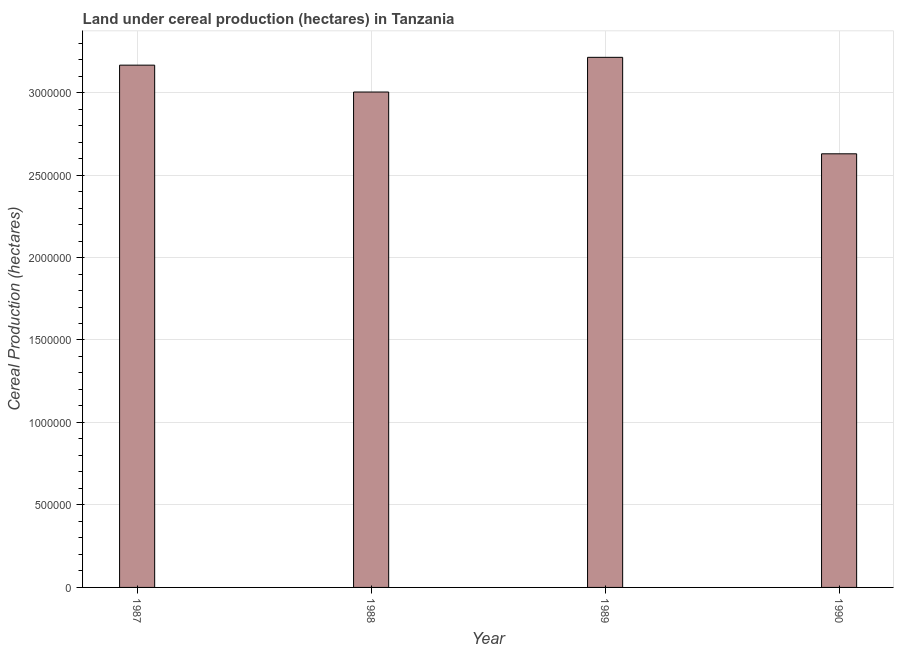
| Year | Land under cereal production (hectares) |
 | --- | --- |
 | 1987 | 3.17e+06 |
 | 1988 | 3e+06 |
 | 1989 | 3.21e+06 |
 | 1990 | 2.63e+06 |